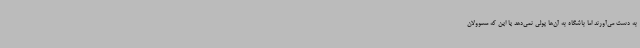
به دست می‌آورند اما باشگاه به آن‌ها پولی نمی‌دهد یا این که مسوولان